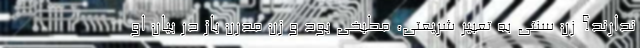
ندارند؟ زن سنتی به تعبیر شریعتی، مطبخی بود و زن مدرن باز در بیان او